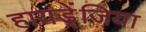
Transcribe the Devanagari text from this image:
हायड्रेंजिया